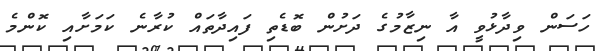
ހަސަން ވިދާޅުވީ އާ ނިޒާމުގެ ދަށުން ބޮޑެތި ފައިދާތައް ކުރާނެ ކަމަށާއި ކޮންމެ